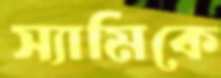
স্যামিকে